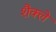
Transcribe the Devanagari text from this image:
शैक्ले